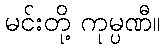
မင်းတို့ ကုမ္ပဏီ။